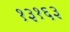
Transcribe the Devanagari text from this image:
१३१६३